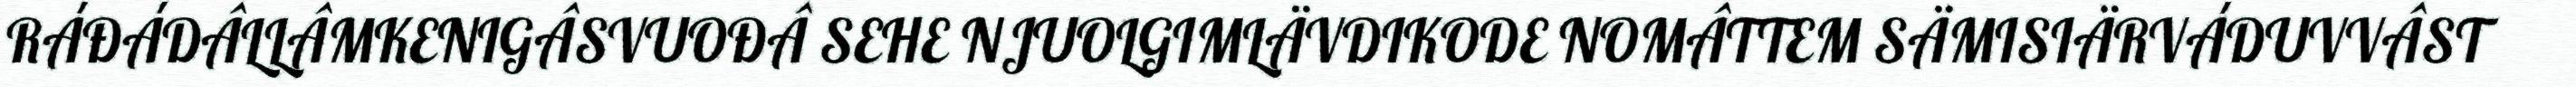
RÁĐÁDÂLLÂMKENIGÂSVUOĐÂ SEHE NJUOLGIMLÄVDIKODE NOMÂTTEM SÄMISIÄRVÁDUVVÂST